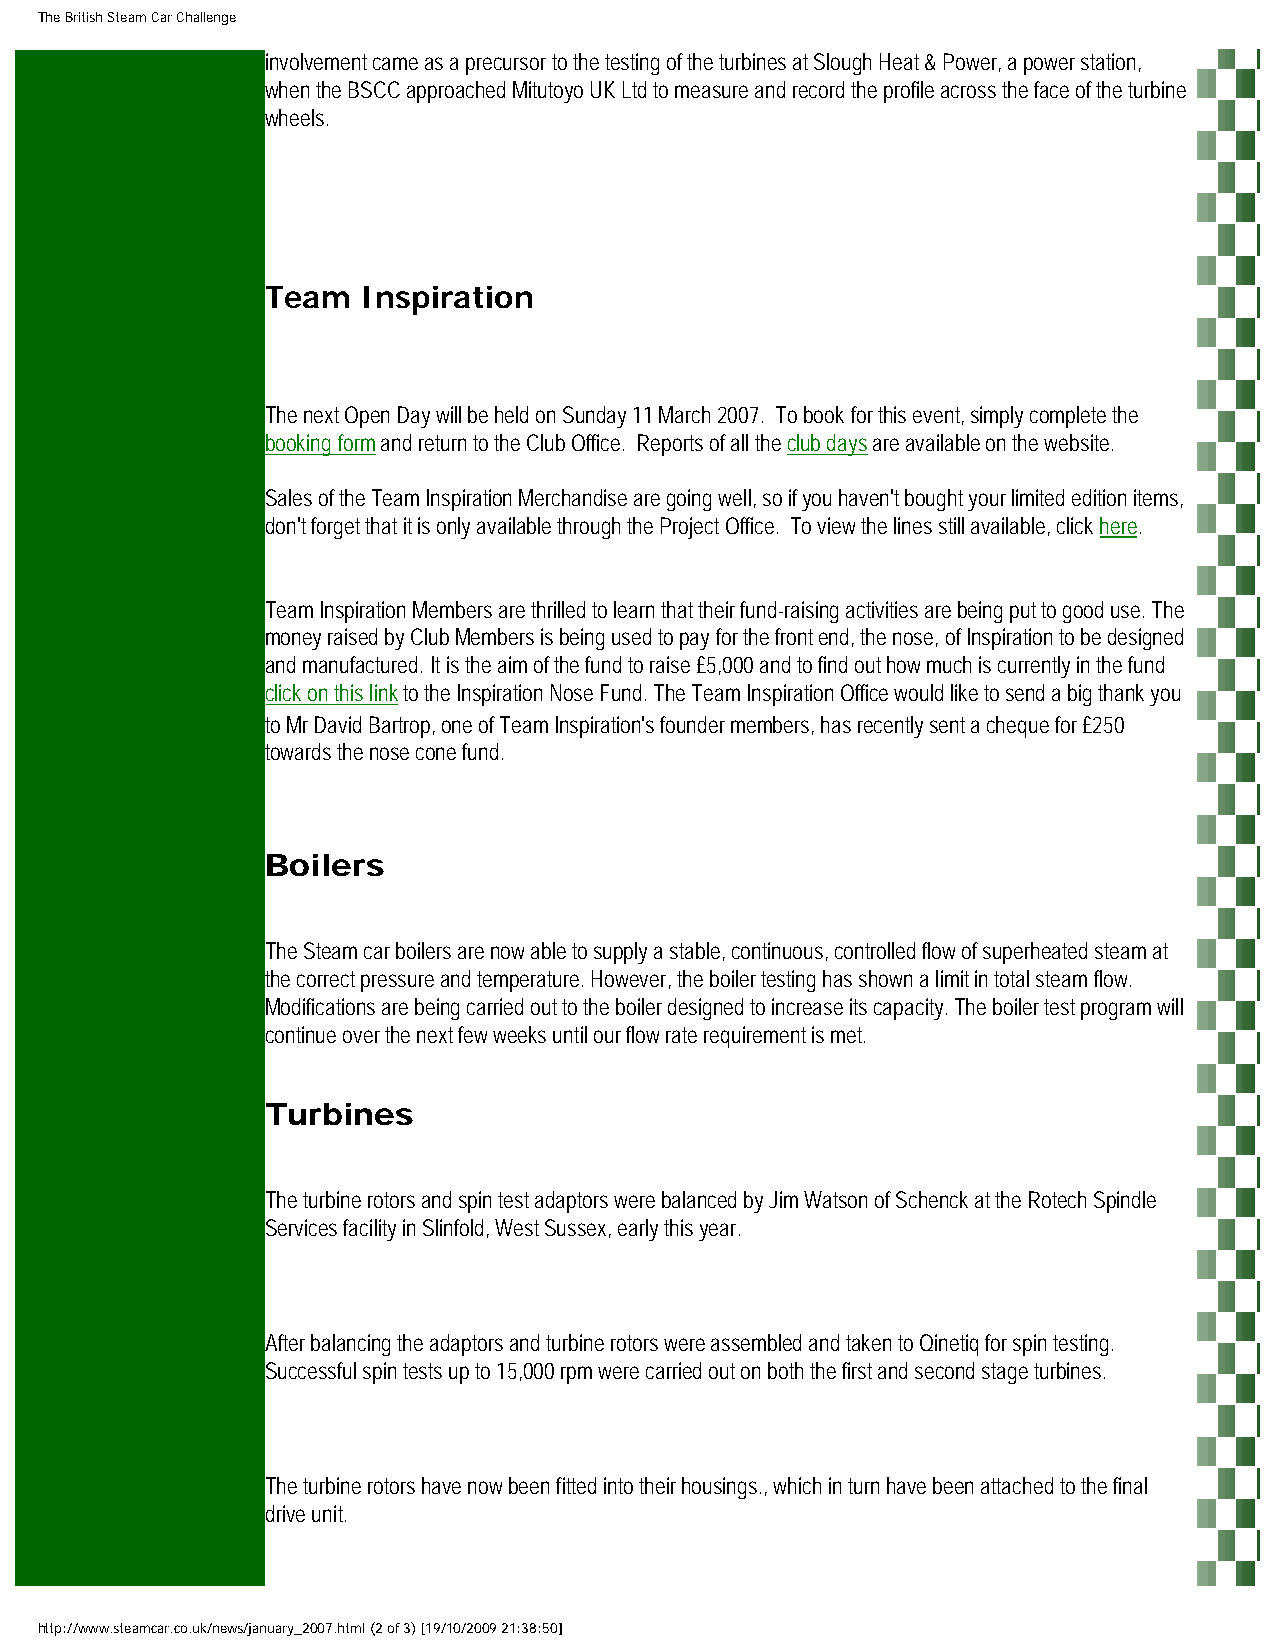
The British Steam Car Challenge
 involvement came as a precursor to the testing of the turbines at Slough Heat & Power, a power station,
 when the BSCC approached Mitutoyo UK Ltd to measure and record the profile across the face of the turbine
 wheels.
 Team  Inspiration
 The next Open Day will be held on Sunday 11 March 2007. To book for this event, simply complete the
 booking form and return to the Club Office. Reports of all the club days are available on the website.
 Sales of the Team Inspiration Merchandise are going well, so if you haven't bought your limited edition items,
 don't forget that it is only available through the Project Office. To view the lines still available, click here.
 Team Inspiration Members are thrilled to learn that their fund-raising activities are being put to good use. The
 money raised by Club Members is being used to pay for the front end, the nose, of Inspiration to be designed
 and manufactured. It is the aim of the fund to raise £5,000 and to find out how much is currently in the fund
 click on this link to the Inspiration Nose Fund. The Team Inspiration Office would like to send a big thank you
 to Mr David Bartrop, one of Team Inspiration's founder members, has recently sent a cheque for £250
 towards the nose cone fund.
 Boilers
 The Steam car boilers are now able to supply a stable, continuous, controlled flow of superheated steam at
 the correct pressure and temperature. However, the boiler testing has shown a limit in total steam flow.
 Modifications are being carried out to the boiler designed to increase its capacity. The boiler test program will
 continue over the next few weeks until our flow rate requirement is met.
 Turbines
 The turbine rotors and spin test adaptors were balanced by Jim Watson of Schenck at the Rotech Spindle
 Services facility in Slinfold, West Sussex, early this year.
 After balancing the adaptors and turbine rotors were assembled and taken to Qinetiq for spin testing.
 Successful spin tests up to 15,000 rpm were carried out on both the first and second stage turbines.
 The turbine rotors have now been fitted into their housings., which in turn have been attached to the final
 drive unit.
 http://www.steamcar.co.uk/news/january_2007.html (2 of 3) [19/10/2009 21:38:50]